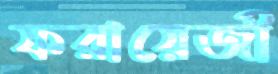
ফরায়েজী